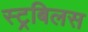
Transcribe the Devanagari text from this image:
स्ट्रबिलस